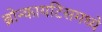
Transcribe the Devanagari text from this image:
ब्रोन्कायटिसमध्ये